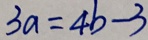
3 a = 4 b - 3